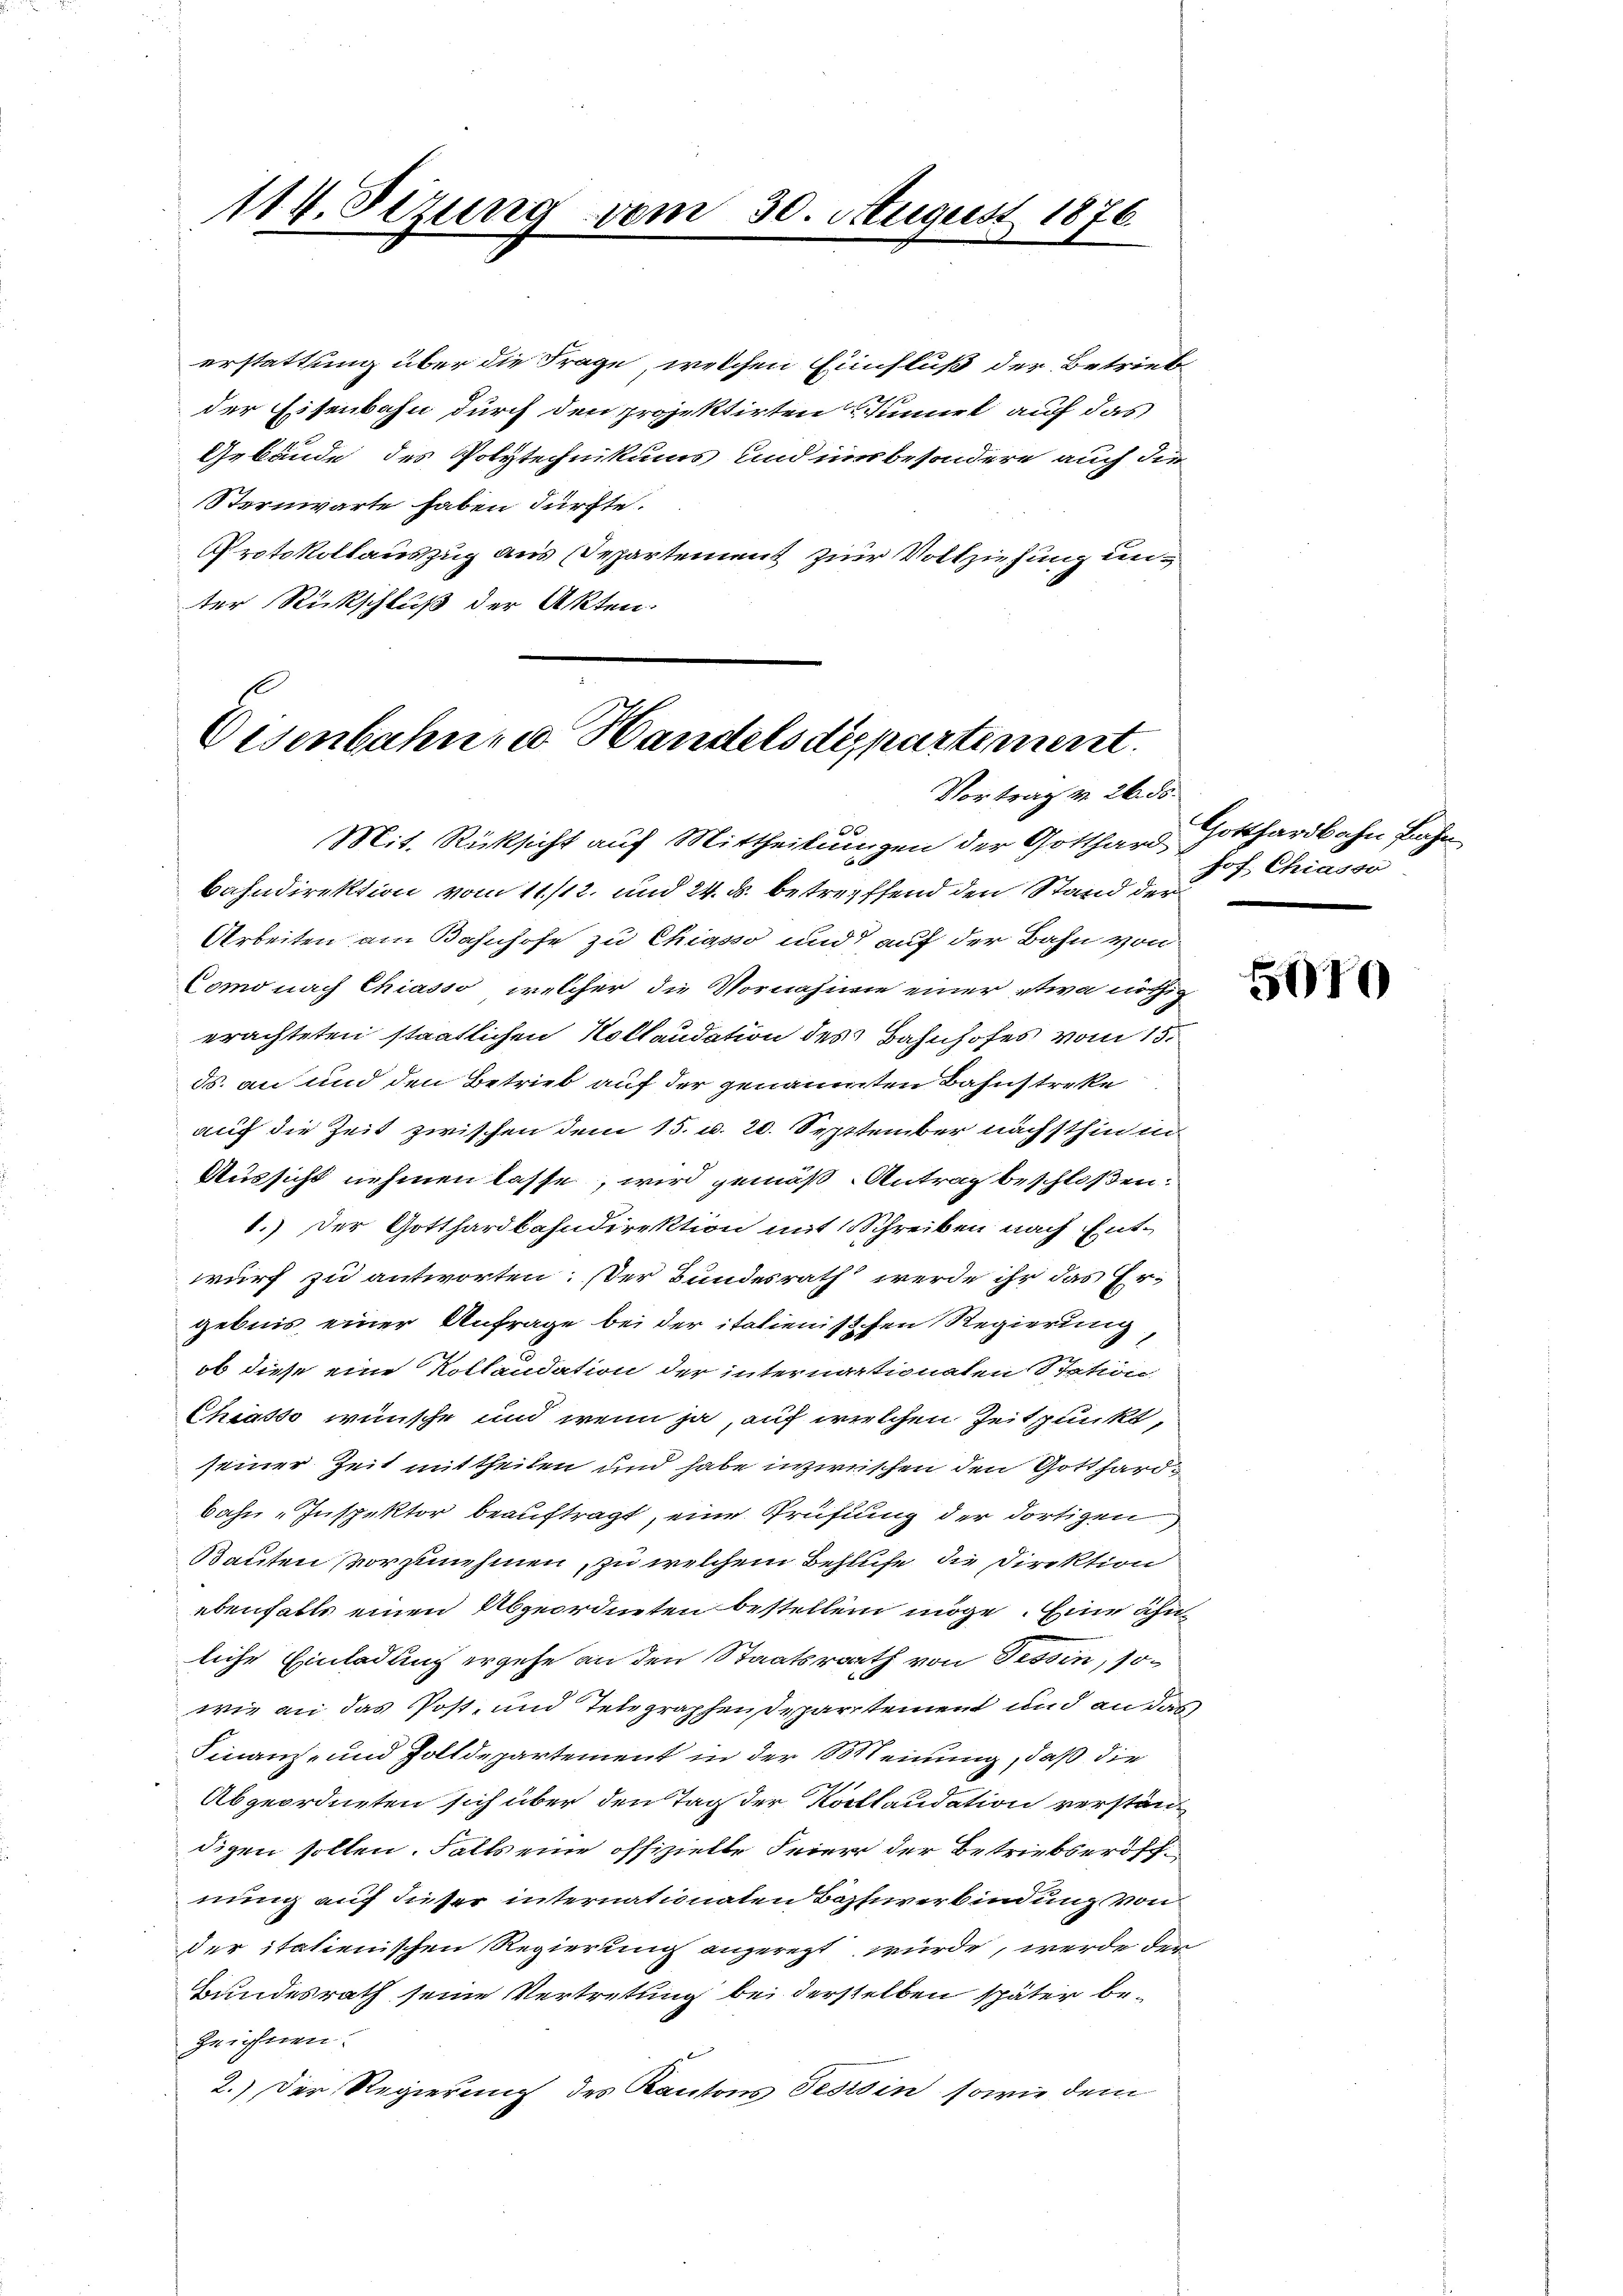
114. Sizung vom 30. August 1876
¬

erstattung über die Frage, welchen Einfluß der Betriebe
der Eisenbahn durch den projektirten Sinnel auf das
Gebäude des Polytechnikums und insbesondere auch die
Sternwarte haben dürfte.
Protokollauszug aus Separtement zur Vollziehung unter Rückschluß der Akten:

Oesenbahnen Handelsdepartement.
Vortrag v. 26. 55.

Mit. Rücksicht auf Mittheilungen der Gotthard, Gotthardbahn Bahn
bahndirektion vom 11./12. und 24. ds. betreffend den Stand der P. J. Chiasso
Arbeiten am Bahnhofe zu Chiasso und auf der Bahn von
Como nach Chiasso, welcher die Vornahme einer etwa nöthig
erachteten staatlichen Kollaudation des Bahnhofes vom 15.
ds. an und den Betrieb auf der genaumten Bahnstreke
auf die Zeit zwischen dem 15. u. 20. Septtember nächsthin in
Aussicht nehmen lasse, wird gemäß Antrag beschloßen:
1.) Der Gotthardbahndirektion mit Schreiben nach Ent-
wurf zu antworten. Der Bundesrath werde ihr das Ergebnis einer Anfrage bei der italienischen Regierung
ob diese eine Kollandation der internationaten Station
Chiasso wünsche und wenn ja, auf welchen Zeitpunkt,
seiner Zeit mittheilen und habe inzwischen den Gotthardbahn-Inspektor beauftragt, eine Prüfung der dortigen
Bauten vorzunehmen, zu welchem Behlufe, die Direktion
ebenfalls einen Abgeordneten bestellen möge. Eine ähnliche Einladung ergehe an den Staatsrath von Tessin, sowie an das Post- und Telegraphen Departement und an das
Finanz- und Zolldepartement in der 60 Meinung, daß die
Abgeordneten sich über den Tag der Kollaudation verstän
digen sollen. Falls eine offizielle Feier der Betriebseröffnung auf dieser internationaten Bazhurerbindung von
der italienischen Regierung angeregt würde, werde der
Bundesrath seine Vertretung bei derstellen später be¬
Zeichnen.
2.) Der Regierung des Kantons Tessin sowie dem

5670